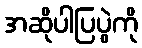
အဆိုပါပြပွဲကို